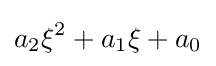
a_{2}\xi ^{2}+a_{1}\xi +a_{0}